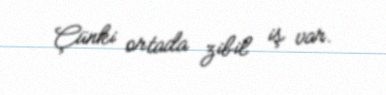
Çünki ortada zibil iş var.